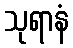
သုရာနံ